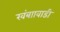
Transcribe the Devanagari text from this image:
खंबाावाडी